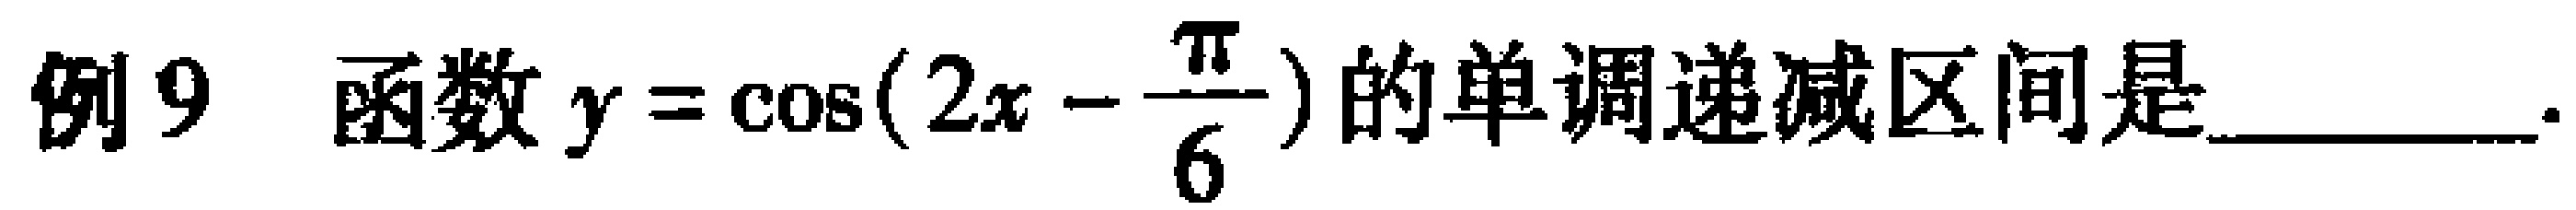
例9 函数\(y = \cos(2x - \frac{\pi}{6})\)的单调递减区间是  ．